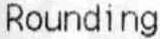
ROUNDING